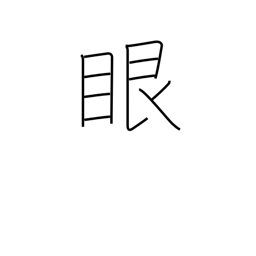
Meaning: eyeball